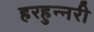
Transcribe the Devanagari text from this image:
हरहुन्‍नरी